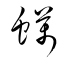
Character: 蠇